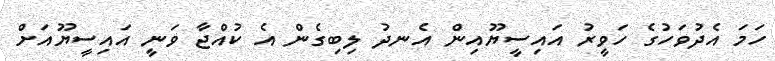
ހަމަ އެދުވަހުގެ ހަވީރު އައިސީޔޫއިން އެނދު ލިބިގެން އެ ކުއްޖާ ވަނީ އައިސީޔޫއަށް